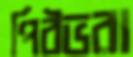
পিঠভরা